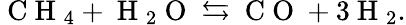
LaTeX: \mathrm{~C~H~}_{4}+\mathrm{~H~}_{2}\mathrm{~O~}\leftrightarrows\mathrm{~C~O~}+3\mathrm{~H~}_{2}.